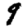
Digit: 9